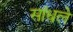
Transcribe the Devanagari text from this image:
सांधले